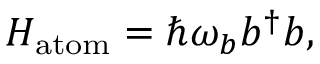
H _ { \mathrm { a t o m } } = \hbar \omega _ { b } b ^ { \dagger } b ,